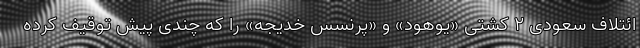
ائتلاف سعودی ۲ کشتی «یوهود» و «پرنسس خدیجه» را که چندی پیش توقیف کرده